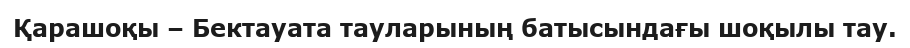
Қарашоқы – Бектауата тауларының батысындағы шоқылы тау.